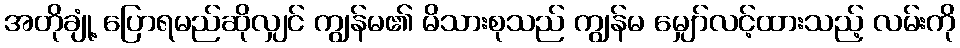
အတိုချုံ့ ပြောရမည်ဆိုလျှင် ကျွန်မ၏ မိသားစုသည် ကျွန်မ မျှော်လင့်ထားသည့် လမ်းကို